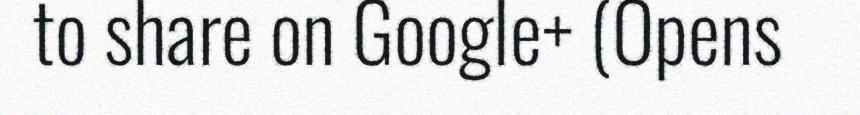
to share on Google+ (Opens